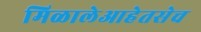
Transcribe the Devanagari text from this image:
मिळालेआहेतसेच